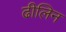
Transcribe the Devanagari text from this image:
ढीलिन